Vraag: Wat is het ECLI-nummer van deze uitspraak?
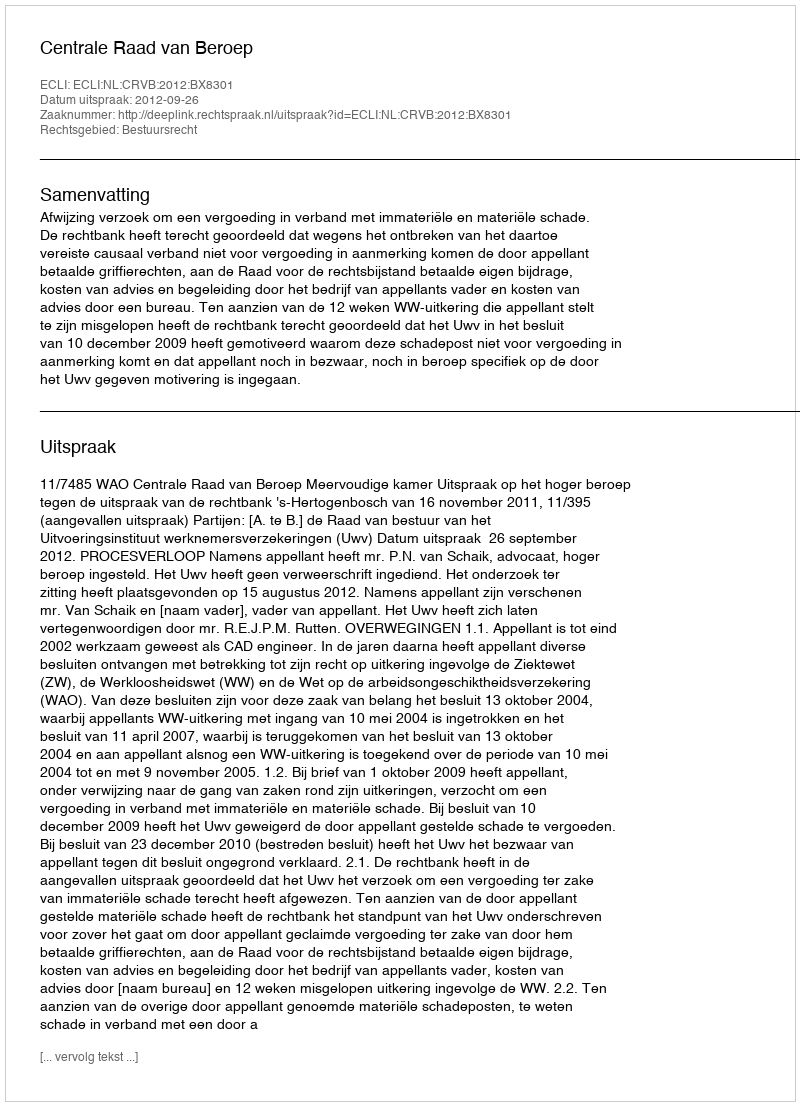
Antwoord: ECLI:NL:CRVB:2012:BX8301